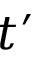
t ^ { \prime }